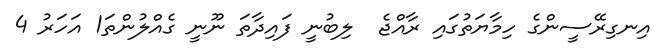
އިނގިރޭސީންގެ ހިމާޔަތުގައި ރާއްޖެ  ލިބުނީ ފައިދާތަ ނޫނީ ގެއްލުންތަ1 އަހަރު 4